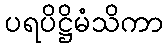
ပရပိဋ္ဌိမံသိကာ